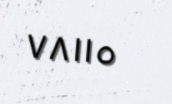
٧٨١١٥